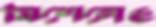
মিশেলেও